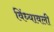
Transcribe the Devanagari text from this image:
विंध्यावली